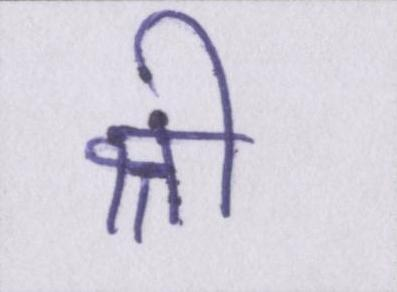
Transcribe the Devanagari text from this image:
श्री